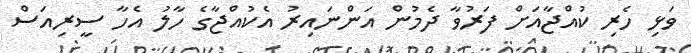
ވަޅި ހެރި ކުއްޖާއަށް ފަރުވާ ދެމުން އަންނައިރު އެކުއްޖާގެ ހާލު އެހާ ސީރިއަސް